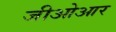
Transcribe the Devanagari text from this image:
जीओआर